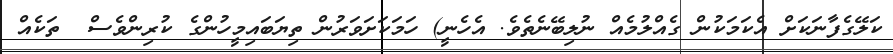
ކަލޭގެފާނަކަށް އެކަމަކުން ގެއްލުމެއް ނުލިބޭނެތެވެ. އެހެނީ) ހަމަކަށަވަރުން ތިޔަބައިމީހުންގެ ކުރިންވެސް  ތަކެއް